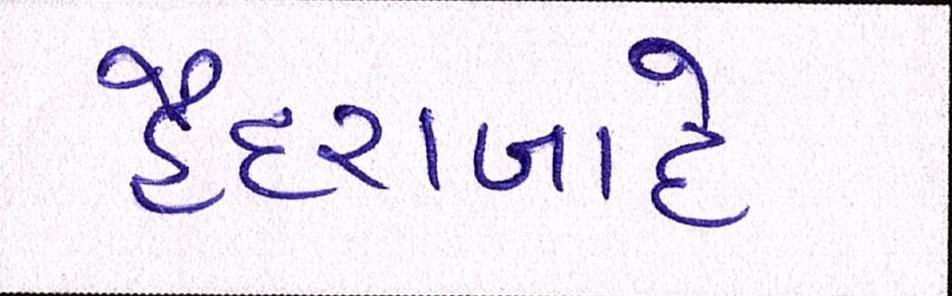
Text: હૈદરાબાદે